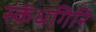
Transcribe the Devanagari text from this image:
स्‍कंधगिरि